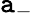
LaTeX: \mathtt{a}_{-}